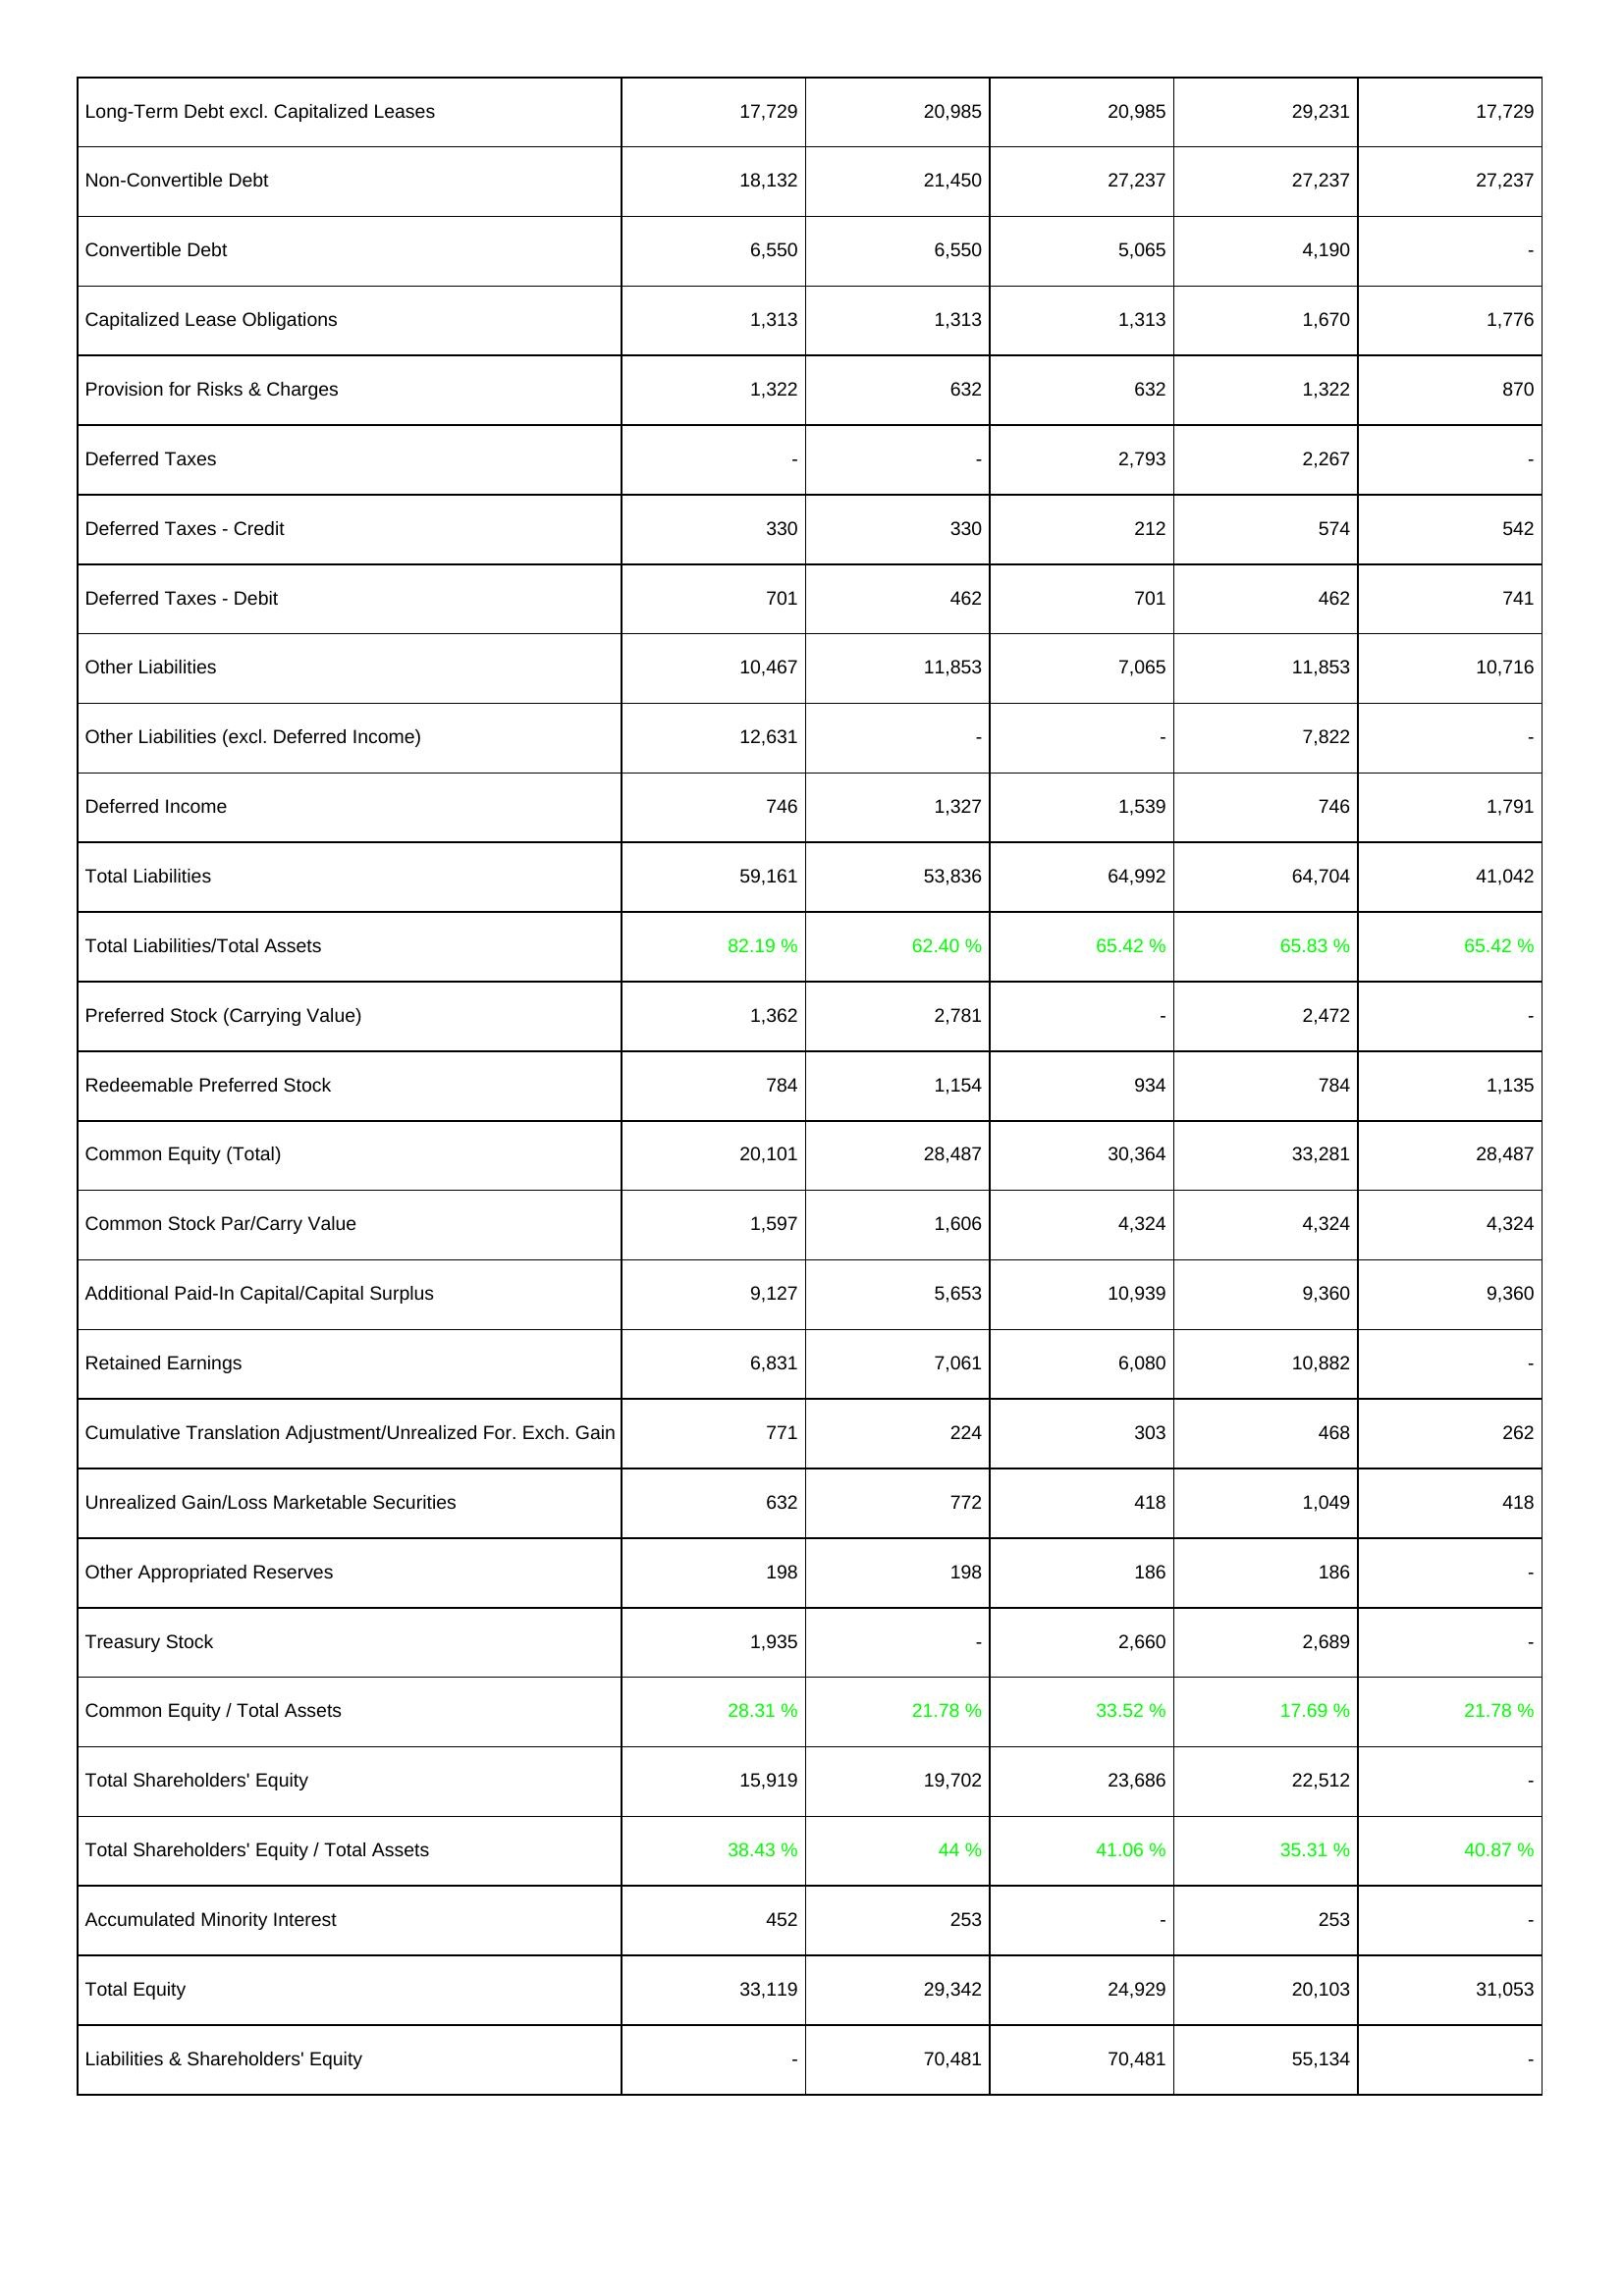
2018: Liabilities & Shareholders' Equity: Long-Term Debt excl. Capitalized Leases: 17,729
Non-Convertible Debt: 18,132
Convertible Debt: 6,550
Capitalized Lease Obligations: 1,313
Provision for Risks & Charges: 1,322
Deferred Taxes: -
Deferred Taxes - Credit: 330
Deferred Taxes - Debit: 701
Other Liabilities: 10,467
Other Liabilities (excl. Deferred Income): 12,631
Deferred Income: 746
Total Liabilities: 59,161
Total Liabilities/Total Assets: 82.19 %
Preferred Stock (Carrying Value): 1,362
Redeemable Preferred Stock: 784
Common Equity (Total): 20,101
Common Stock Par/Carry Value: 1,597
Additional Paid-In Capital/Capital Surplus: 9,127
Retained Earnings: 6,831
Cumulative Translation Adjustment/Unrealized For. Exch. Gain: 771
Unrealized Gain/Loss Marketable Securities: 632
Other Appropriated Reserves: 198
Treasury Stock: 1,935
Common Equity / Total Assets: 28.31 %
Total Shareholders' Equity: 15,919
Total Shareholders' Equity / Total Assets: 38.43 %
Accumulated Minority Interest: 452
Total Equity: 33,119
Liabilities & Shareholders' Equity: -
2019: Liabilities & Shareholders' Equity: Long-Term Debt excl. Capitalized Leases: 20,985
Non-Convertible Debt: 21,450
Convertible Debt: 6,550
Capitalized Lease Obligations: 1,313
Provision for Risks & Charges: 632
Deferred Taxes: -
Deferred Taxes - Credit: 330
Deferred Taxes - Debit: 462
Other Liabilities: 11,853
Other Liabilities (excl. Deferred Income): -
Deferred Income: 1,327
Total Liabilities: 53,836
Total Liabilities/Total Assets: 62.40 %
Preferred Stock (Carrying Value): 2,781
Redeemable Preferred Stock: 1,154
Common Equity (Total): 28,487
Common Stock Par/Carry Value: 1,606
Additional Paid-In Capital/Capital Surplus: 5,653
Retained Earnings: 7,061
Cumulative Translation Adjustment/Unrealized For. Exch. Gain: 224
Unrealized Gain/Loss Marketable Securities: 772
Other Appropriated Reserves: 198
Treasury Stock: -
Common Equity / Total Assets: 21.78 %
Total Shareholders' Equity: 19,702
Total Shareholders' Equity / Total Assets: 44 %
Accumulated Minority Interest: 253
Total Equity: 29,342
Liabilities & Shareholders' Equity: 70,481
2020: Liabilities & Shareholders' Equity: Long-Term Debt excl. Capitalized Leases: 20,985
Non-Convertible Debt: 27,237
Convertible Debt: 5,065
Capitalized Lease Obligations: 1,313
Provision for Risks & Charges: 632
Deferred Taxes: 2,793
Deferred Taxes - Credit: 212
Deferred Taxes - Debit: 701
Other Liabilities: 7,065
Other Liabilities (excl. Deferred Income): -
Deferred Income: 1,539
Total Liabilities: 64,992
Total Liabilities/Total Assets: 65.42 %
Preferred Stock (Carrying Value): -
Redeemable Preferred Stock: 934
Common Equity (Total): 30,364
Common Stock Par/Carry Value: 4,324
Additional Paid-In Capital/Capital Surplus: 10,939
Retained Earnings: 6,080
Cumulative Translation Adjustment/Unrealized For. Exch. Gain: 303
Unrealized Gain/Loss Marketable Securities: 418
Other Appropriated Reserves: 186
Treasury Stock: 2,660
Common Equity / Total Assets: 33.52 %
Total Shareholders' Equity: 23,686
Total Shareholders' Equity / Total Assets: 41.06 %
Accumulated Minority Interest: -
Total Equity: 24,929
Liabilities & Shareholders' Equity: 70,481
2021: Liabilities & Shareholders' Equity: Long-Term Debt excl. Capitalized Leases: 29,231
Non-Convertible Debt: 27,237
Convertible Debt: 4,190
Capitalized Lease Obligations: 1,670
Provision for Risks & Charges: 1,322
Deferred Taxes: 2,267
Deferred Taxes - Credit: 574
Deferred Taxes - Debit: 462
Other Liabilities: 11,853
Other Liabilities (excl. Deferred Income): 7,822
Deferred Income: 746
Total Liabilities: 64,704
Total Liabilities/Total Assets: 65.83 %
Preferred Stock (Carrying Value): 2,472
Redeemable Preferred Stock: 784
Common Equity (Total): 33,281
Common Stock Par/Carry Value: 4,324
Additional Paid-In Capital/Capital Surplus: 9,360
Retained Earnings: 10,882
Cumulative Translation Adjustment/Unrealized For. Exch. Gain: 468
Unrealized Gain/Loss Marketable Securities: 1,049
Other Appropriated Reserves: 186
Treasury Stock: 2,689
Common Equity / Total Assets: 17.69 %
Total Shareholders' Equity: 22,512
Total Shareholders' Equity / Total Assets: 35.31 %
Accumulated Minority Interest: 253
Total Equity: 20,103
Liabilities & Shareholders' Equity: 55,134
2022: Liabilities & Shareholders' Equity: Long-Term Debt excl. Capitalized Leases: 17,729
Non-Convertible Debt: 27,237
Convertible Debt: -
Capitalized Lease Obligations: 1,776
Provision for Risks & Charges: 870
Deferred Taxes: -
Deferred Taxes - Credit: 542
Deferred Taxes - Debit: 741
Other Liabilities: 10,716
Other Liabilities (excl. Deferred Income): -
Deferred Income: 1,791
Total Liabilities: 41,042
Total Liabilities/Total Assets: 65.42 %
Preferred Stock (Carrying Value): -
Redeemable Preferred Stock: 1,135
Common Equity (Total): 28,487
Common Stock Par/Carry Value: 4,324
Additional Paid-In Capital/Capital Surplus: 9,360
Retained Earnings: -
Cumulative Translation Adjustment/Unrealized For. Exch. Gain: 262
Unrealized Gain/Loss Marketable Securities: 418
Other Appropriated Reserves: -
Treasury Stock: -
Common Equity / Total Assets: 21.78 %
Total Shareholders' Equity: -
Total Shareholders' Equity / Total Assets: 40.87 %
Accumulated Minority Interest: -
Total Equity: 31,053
Liabilities & Shareholders' Equity: -